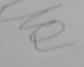
Signature authenticity: forged